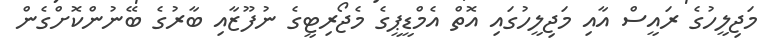
މަޖިލީހުގެ ރައީސް އާއި މަޖިލީހުގައި އޮތް އެމްޑީޕީގެ މެޖޯރިޓީގެ ނުފޫޒާއި ބާރުގެ ބޭނުންކޮށްގެން